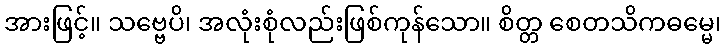
အားဖြင့်။ သဗ္ဗေပိ၊ အလုံးစုံလည်းဖြစ်ကုန်သော။ စိတ္တ စေတသိကဓမ္မေ၊